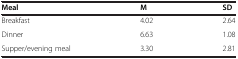
| Meal | M | SD |
 | --- | --- | --- |
 | Breakfast | 4.02 | 2.64 |
 | Dinner | 6.63 | 1.08 |
 | Supper/evening meal | 3.30 | 2.81 |